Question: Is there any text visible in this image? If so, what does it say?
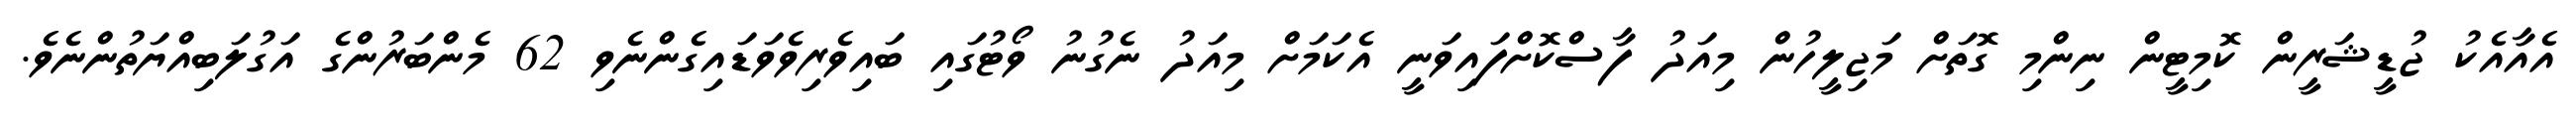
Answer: އެއާއެކު ޖުޑީޝަރީން ކޮމިޓީން ނިންމި ގޮތަށް މަޖިލީހުން މިއަދު ފާސްކޮށްފައިވަނީ އެކަމަށް މިއަދު ނެގުނު ވޯޓުގައި ބައިވެރިވެވަޑައިގެންނެވި 62 މެންބަރުންގެ އަގުލަބިއްޔަތުންނެވެ.